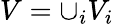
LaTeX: V=\cup_{i}V_{i}